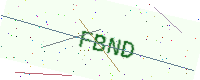
Text: FBND